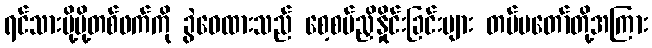
ရင်သားမို့မို့တစ်ဖက်ကို ခွဲဝေထားသည် စေ့စပ်ညှိနှိုင်းခြင်းများ တပ်မတော်တို့အကြား